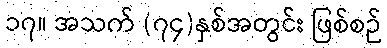
၁၇။ အသက် (၇၄)နှစ်အတွင်း ဖြစ်စဉ်